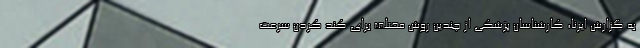
به گزارش ایرنا، کارشناسان پزشکی از چندین روش مختلف برای کند کردن سرعت